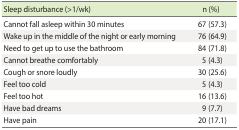
<table><thead><tr><td><b>Sleep disturbance (&gt;1/wk)</b></td><td><b>n (%)</b></td></tr></thead><tbody><tr><td>Cannot fall asleep within 30 minutes</td><td>67 (57.3)</td></tr><tr><td>Wake up in the middle of the night or early morning</td><td>76 (64.9)</td></tr><tr><td>Need to get up to use the bathroom</td><td>84 (71.8)</td></tr><tr><td>Cannot breathe comfortably</td><td>5 (4.3)</td></tr><tr><td>Cough or snore loudly</td><td>30 (25.6)</td></tr><tr><td>Feel too cold</td><td>5 (4.3)</td></tr><tr><td>Feel too hot</td><td>16 (13.6)</td></tr><tr><td>Have bad dreams</td><td>9 (7.7)</td></tr><tr><td>Have pain</td><td>20 (17.1)</td></tr></tbody></table>